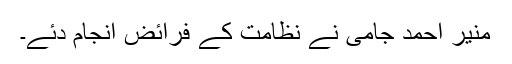
منیر احمد جامی نے نظامت کے فرائض انجام دئے۔